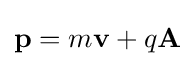
\mathbf {p} =m\mathbf {v} +q\mathbf {A} \,\!